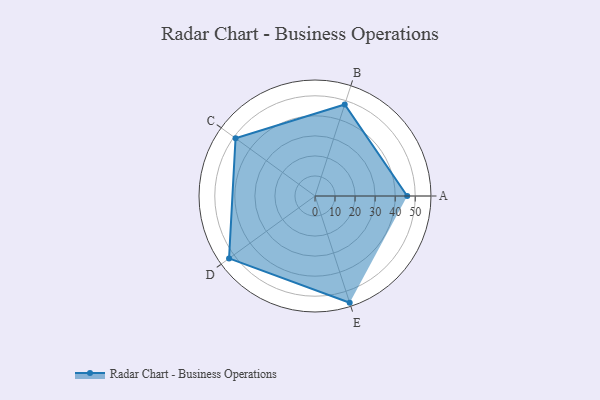
{"axis": {"x": "Skill", "y": "Score"}, "legend": ["Profile"], "data": [{"x": "A", "y": 46.0, "type": "Profile"}, {"x": "B", "y": 48.0, "type": "Profile"}, {"x": "C", "y": 49.0, "type": "Profile"}, {"x": "D", "y": 53.0, "type": "Profile"}, {"x": "E", "y": 56.0, "type": "Profile"}]}